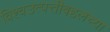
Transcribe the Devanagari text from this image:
विश्वउत्पत्तीबद्दलच्या